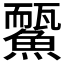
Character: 𩻊